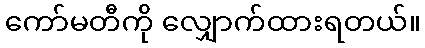
ကော်မတီကို လျှောက်ထားရတယ်။